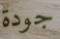
جودة